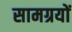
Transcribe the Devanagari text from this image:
सामग्रयों